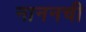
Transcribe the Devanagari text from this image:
नाननची